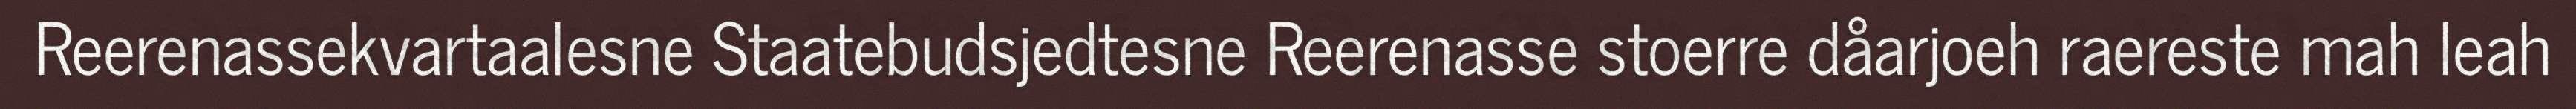
Reerenassekvartaalesne Staatebudsjedtesne Reerenasse stoerre dåarjoeh raereste mah leah